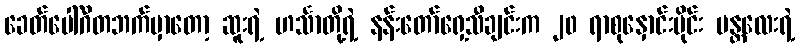
ခေတ်ပေါ်ဂီတဘက်မှာတော့ ဆူးရဲ့ ဟင်္သာတို့ရဲ့ နန်းတော်ရှေ့သီချင်းက ၂၀ ရာစုနှောင်းပိုင်း မန္တလေးရဲ့